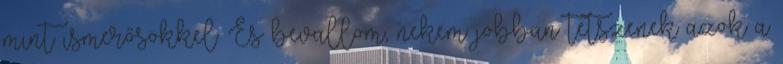
mint ismerősökkel. És bevallom, nekem jobban tetszenek azok a